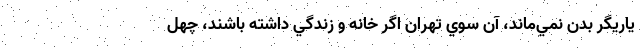
ياريگر بدن نمي‌ماند، آن سوي تهران اگر خانه و زندگي داشته باشند، چهل